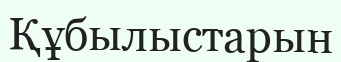
Құбылыстарын